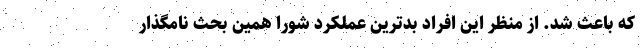
که باعث شد. از منظر این افراد بدترین عملکرد شورا همین بحث نامگذار